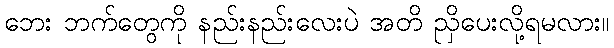
ဘေး ဘက်တွေကို နည်းနည်းလေးပဲ အတိ ညှိပေးလို့ရမလား။